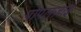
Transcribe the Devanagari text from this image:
पोपलज़ाई